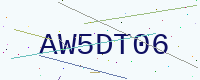
Text: AW5DT06